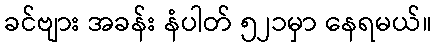
ခင်ဗျား အခန်း နံပါတ် ၅၂၁မှာ နေရမယ်။